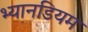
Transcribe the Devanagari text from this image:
भ्यानडियम